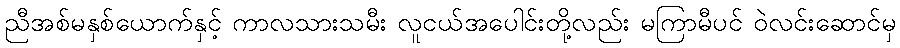
ညီအစ်မနှစ်ယောက်နှင့် ကာလသားသမီး လူငယ်အပေါင်းတို့လည်း မကြာမီပင် ဝဲလင်းဆောင်မှ